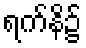
ရက်နိ၌